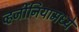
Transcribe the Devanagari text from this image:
व्हर्जीनियामध्ये